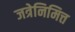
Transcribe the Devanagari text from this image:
जत्रेनिमित्त